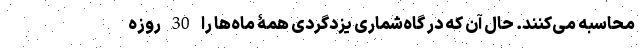
محاسبه می‌کنند. حال آن که در گاه‌شماری یزدگردی همۀ ماه‌ها را 30 روزه